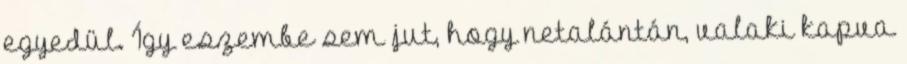
egyedül. Így eszembe sem jut, hogy netalántán, valaki kapva